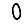
Digit: 0